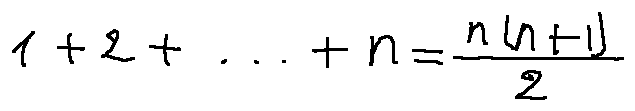
1 + 2 + \cdots + n = \frac { n ( n + 1 ) } { 2 }